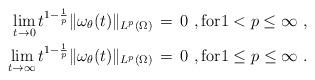
LaTeX: \begin{align*} \lim_{t\to 0} t^{1-\frac1p}\|\omega_\theta(t)\|_{L^p(\Omega)} \,&=\, 0~, \hbox{for}1 < p \le \infty~, \\ \lim_{t\to \infty} t^{1-\frac1p}\|\omega_\theta(t)\|_{L^p(\Omega)} \,&=\, 0~, \hbox{for}1 \le p \le \infty~.\end{align*}